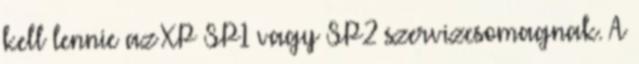
kell lennie az XP SP1 vagy SP2 szervizcsomagnak. A